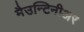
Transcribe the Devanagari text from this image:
मैउन्टिनीअर